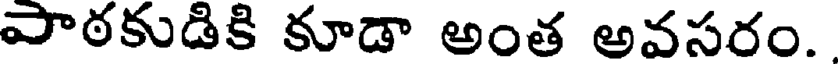
పాఠకుడికి కూడా అంత అవసరం.